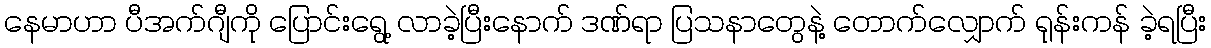
နေမာဟာ ပီအက်ဂျီကို ပြောင်းရွေ့ လာခဲ့ပြီးနောက် ဒဏ်ရာ ပြသနာတွေနဲ့ တောက်လျှောက် ရုန်းကန် ခဲ့ရပြီး